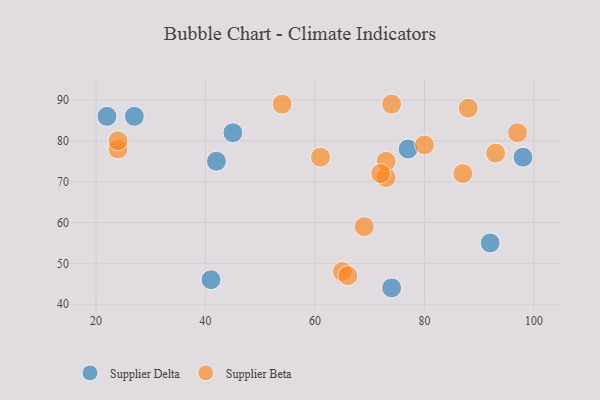
{"axis": {"x": "GDP", "y": "Life Expectancy"}, "legend": ["Supplier Beta", "Supplier Delta"], "data": [{"x": "98", "y": 76, "type": "Supplier Delta"}, {"x": "22", "y": 86, "type": "Supplier Delta"}, {"x": "92", "y": 55, "type": "Supplier Delta"}, {"x": "27", "y": 86, "type": "Supplier Delta"}, {"x": "41", "y": 46, "type": "Supplier Delta"}, {"x": "45", "y": 82, "type": "Supplier Delta"}, {"x": "77", "y": 78, "type": "Supplier Delta"}, {"x": "74", "y": 44, "type": "Supplier Delta"}, {"x": "42", "y": 75, "type": "Supplier Delta"}, {"x": "88", "y": 88, "type": "Supplier Beta"}, {"x": "24", "y": 78, "type": "Supplier Beta"}, {"x": "73", "y": 71, "type": "Supplier Beta"}, {"x": "73", "y": 75, "type": "Supplier Beta"}, {"x": "93", "y": 77, "type": "Supplier Beta"}, {"x": "54", "y": 89, "type": "Supplier Beta"}, {"x": "74", "y": 89, "type": "Supplier Beta"}, {"x": "87", "y": 72, "type": "Supplier Beta"}, {"x": "65", "y": 48, "type": "Supplier Beta"}, {"x": "61", "y": 76, "type": "Supplier Beta"}, {"x": "97", "y": 82, "type": "Supplier Beta"}, {"x": "66", "y": 47, "type": "Supplier Beta"}, {"x": "72", "y": 72, "type": "Supplier Beta"}, {"x": "24", "y": 80, "type": "Supplier Beta"}, {"x": "80", "y": 79, "type": "Supplier Beta"}, {"x": "69", "y": 59, "type": "Supplier Beta"}]}